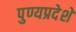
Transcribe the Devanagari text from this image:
पुण्यप्रदेशे